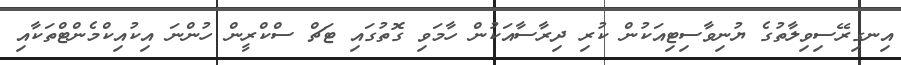
އިނގިރޭސިވިލާތުގެ ޔުނިވާސިޓިއަކުން ކުރި ދިރާސާއަކުން ހާމަވި ގޮތުގައި ޓަޗް ސްކްރީން ހުންނަ އިކުއިކްމެންޓްތަކާއި